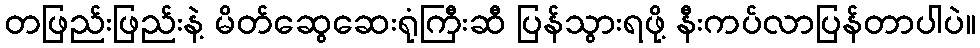
တဖြည်းဖြည်းနဲ့ မိတ်ဆွေဆေးရုံကြီးဆီ ပြန်သွားရဖို့ နီးကပ်လာပြန်တာပါပဲ။